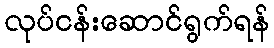
လုပ်ငန်းဆောင်ရွက်ရန်